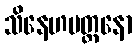
သိနေဟမတ္တနော